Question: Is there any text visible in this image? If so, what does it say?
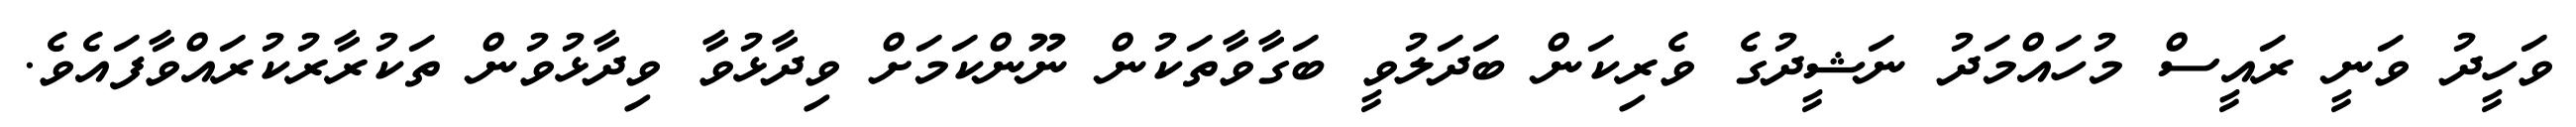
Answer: ވަހީދު ވަނީ ރައީސް މުހައްމަދު ނަޝީދުގެ ވެރިކަން ބަދަލުވީ ބަގާވާތަކުން ނޫންކަމަށް ވިދާޅުވާ ވިދާޅުވުން ތަކުރާރުކުރައްވާފައެވެ.